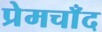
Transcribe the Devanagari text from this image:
प्रेमचाँद